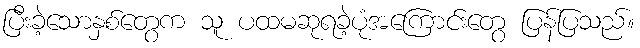
ပြီးခဲ့သောနှစ်တွေက သူ ပထမဆုရခဲ့ပုံအကြောင်းတွေ ပြန်ပြသည်။